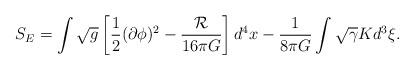
LaTeX: \begin{align*}S_E= \int \sqrt{g}\left[{1\over 2}(\partial \phi)^2 - {{\cal R}\over 16\pi G} \right]d^4 x -{1\over 8\pi G} \int \sqrt{\gamma} K d^3\xi.\end{align*}